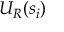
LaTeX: \; U _ { R } ( s _ { i } )